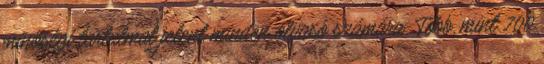
minőségi tartalmat jelent minden olvasó számára. Több, mint 700